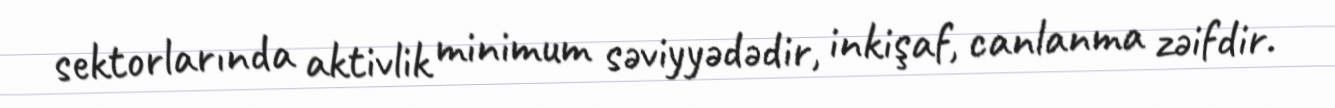
sektorlarında aktivlik minimum səviyyədədir, inkişaf, canlanma zəifdir.